Cholera in southern India
Disease focus: Cholera
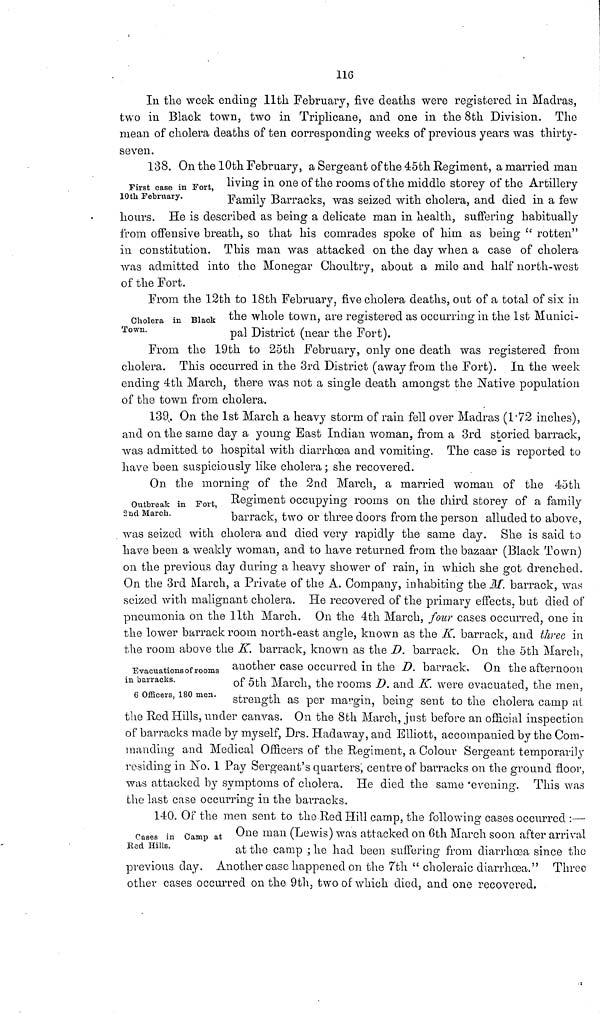
116
In the week ending 11th February, five deaths were registered in Madras,
two in Black town, two in Triplicane, and one in the 8th Division. The
mean of cholera deaths of ten corresponding weeks of previous years was thirty-
seven.
First case in Fort,
10th February.
138. On the 10th February, a Sergeant of the 45th Regiment, a married man
living in one of the rooms of the middle storey of the Artillery
Family Barracks, was seized with cholera, and died in a few
hours. He is described as being a delicate man in health, suffering habitually
from offensive breath, so that his comrades spoke of him as being " rotten"
in constitution. This man was attacked on the day when a case of cholera
was admitted into the Monegar Choultry, about a mile and half north-west
of the Fort.
Cholera in Black
Town.
From the 12th to 18th February, five cholera deaths, out of a total of six in
the whole town, are registered as occurring in the 1st Munici-
pal District (near the Fort).
From the 19th to 25th February, only one death was registered from
cholera. This occurred in the 3rd District (away from the Fort). In the week
ending 4th March, there was not a single death amongst the Native population
of the town from cholera.
139. On the 1st March a heavy storm of rain fell over Madras (1·72 inches),
and on the same day a young Bast Indian woman, from a 3rd storied barrack,
was admitted to hospital with diarrhoea and vomiting. The case is reported to
have been suspiciously like cholera : she recovered.
Outbreak in Fort,
2nd March.
On the morning of the 2nd March, a married woman of the 45th
Regiment occupying rooms on the third storey of a family
barrack, two or three doors from the person alluded to above,
was seized with cholera and died very rapidly the same day. She is said to
have been a weakly woman, and to have returned from the bazaar (Black Town)
on the previous day during a heavy shower of rain, in which she got drenched.
On the 3rd March, a Private of the A. Company, inhabiting the M. barrack, was
seized with malignant cholera. He recovered of the primary effects, but died of
pneumonia on the 11th March. On the 4th March, four cases occurred, one in
the lower barrack room north-east angle, known as the K. barrack, and three in
the room above the K. barrack, known as the D. barrack. On the 5th March,
Evacuations of rooms
in barracks.
6 Officers, 180 men.
another case occurred in the D. barrack. On the afternoon
of 5th March, the rooms D. and K. were evacuated, the men,
strength as per margin, being sent to the cholera camp at
the Red Hills, under canvas. On the 8th March, just before an official inspection
of barracks made by myself, Drs. Hadaway, and Elliott, accompanied by the Com-
manding and Medical Officers of the Regiment, a Colour Sergeant temporarily
residing in No. 1 Pay Sergeant's quarters, centre of barracks on the ground floor,
was attacked by symptoms of cholera. He died the same 'evening. This was
the last case occurring in the barracks.
Cases in Camp at
Red Hills.
140. Of the men sent to the Red Hill camp, the following cases occurred :—•
One man (Lewis) was attacked on 6th March soon after arrival
at the camp ; he had been suffering from diarrhoea since the
previous day. Another case happened on the 7th " choleraic diarrhoea." Three
other cases occurred on the 9th, two of which died, and one recovered.